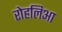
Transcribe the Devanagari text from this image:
रोहलिआ